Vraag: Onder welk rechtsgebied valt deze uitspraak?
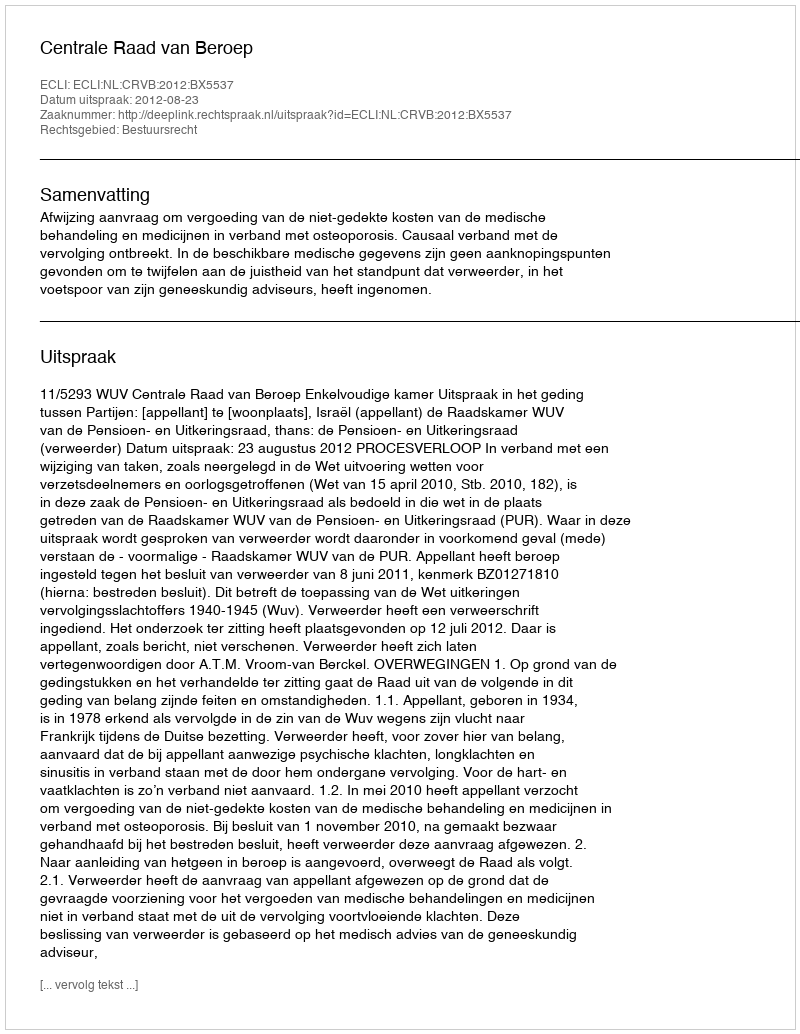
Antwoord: Bestuursrecht